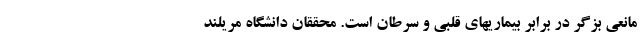
مانعی بزگر در برابر بیماریهای قلبی و سرطان است. محققان دانشگاه مریلند